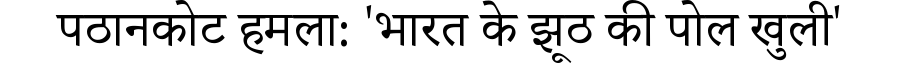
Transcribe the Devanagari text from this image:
पठानकोट हमला: 'भारत के झूठ की पोल खुली'